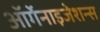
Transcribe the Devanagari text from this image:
ऑर्गेनाइजेशन्स